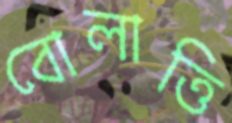
বোলাত্তি